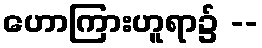
ဟောကြားဟူရာ၌ --